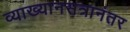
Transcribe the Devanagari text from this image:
व्याख्यानसत्रानंतर